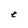
Character: t